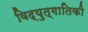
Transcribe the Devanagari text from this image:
विद्युत्गातिकी